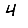
Digit: 4